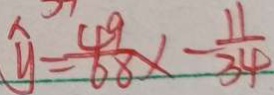
\widehat { y } = \frac { 4 9 } { 6 8 } \times - \frac { 1 1 } { 3 4 }